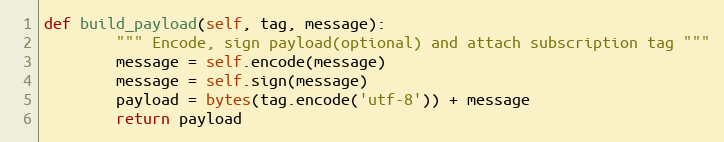
Language: Python
def build_payload(self, tag, message):
        """ Encode, sign payload(optional) and attach subscription tag """
        message = self.encode(message)
        message = self.sign(message)
        payload = bytes(tag.encode('utf-8')) + message
        return payload